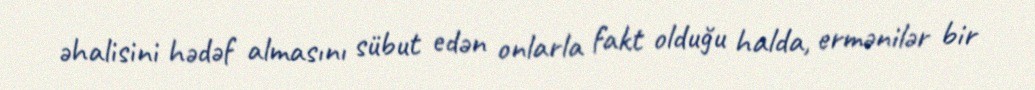
əhalisini hədəf almasını sübut edən onlarla fakt olduğu halda, ermənilər bir